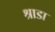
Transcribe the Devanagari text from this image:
श्राडा